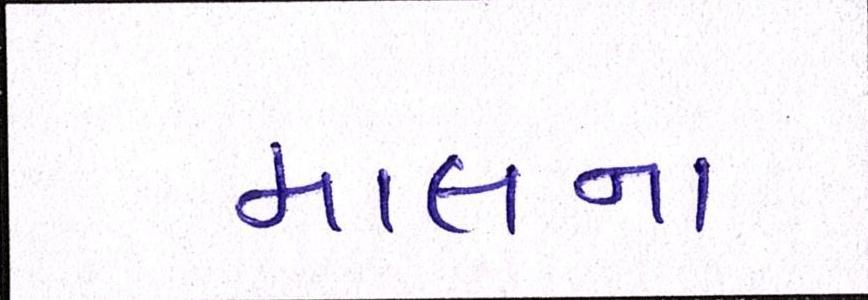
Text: માલના